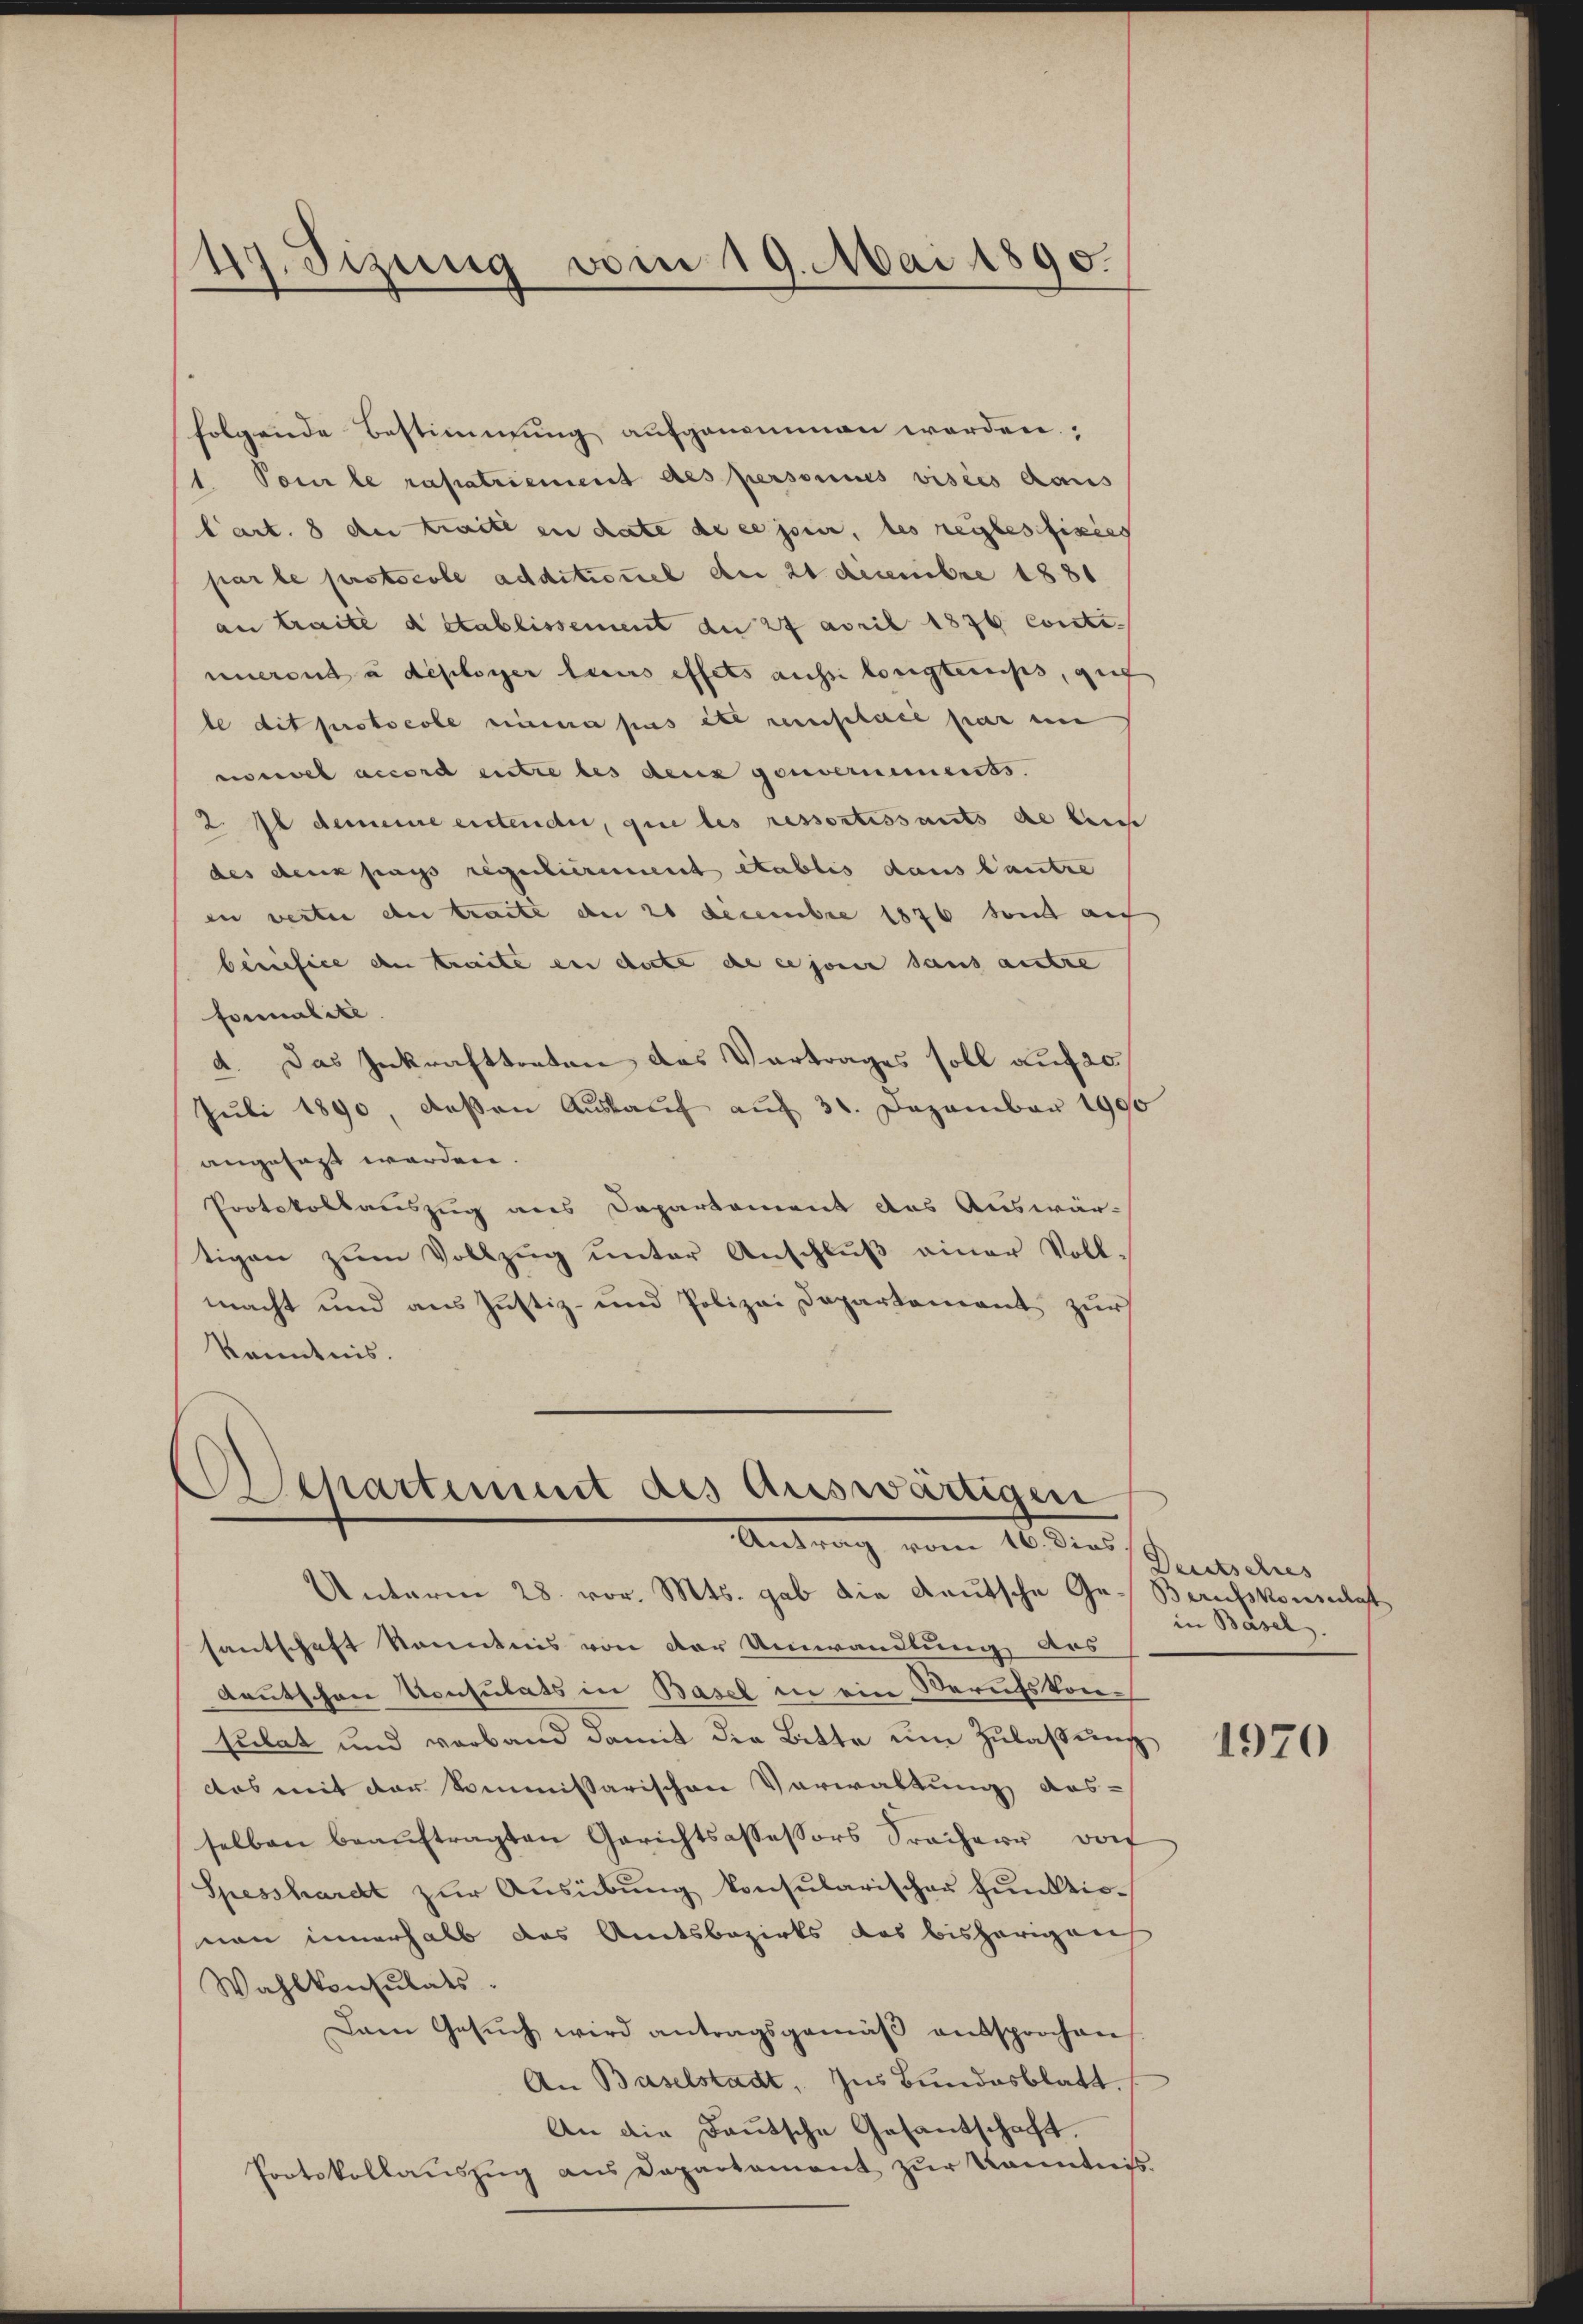
417. Sizung vom 19. Mai 1890.

folgende Bestimmung aufgenommen werden,
1. Pour le rapatriement des personnes visées daus
l’art. 8 der traite en date de cessin, des regles fixier
par le protocole additionel der 24 Decembre 1881
an traité détablissement du 27 April 1876 contiuneront u deployer leurs effets aussi longtenuss, gut
le dit protocole rimina pas etc remplace par un
revel accord entre les deux gouvernements.
2. Il demeine entender, que les ressortissants de leic
des deux pass regulierement etablis dans lautre
in verten aber traite der 20 decembre 1876 sind auf
benefice der traite en dorte de ce jouir sans autre
formalité.
d. Das Gekrafttreten das Vertrages soll auf 20
Juli 1890, deßen Auskauf auf 31. Dezember 1900
angefaßt worden.
Protokollauszug aus Departement das Auswärtigen zŭm Vollzŭg ŭnter Anschlŭβ einer Voll-
macht und aus Justiz- und Polizei Departement zur
Kenntnis.

Departement des Auswärtigen
Antrag vom 16. Dies

Unterm 28. vor. Mts. gab die Deutsche Ge- Berufskonsulat
santschaft kenntnis von der Umwandlung des
deutschen Konsulats in Basel in ein Berufskonkulat und verband damit die Bitte ŭm Zŭlaβŭng
das mit der kommissarischen Verwaltung aus-
selben beaŭftragten Gerichtsassessors Freiherr vo
Spesshardt zur Ausübung konsularischen Funktionen innerhalb das Amtsbezirks das bisherigen
Wahlkonsulats.
Dann Gesŭch wird antragsgemäβ aŭssprochen
An Baselstadt, Ins Bundesblatt.
An die Deutsche Gesantschaft.
Protokollaŭszŭg ans Departament zŭr Kenntnis.

Deutsches
in Basel.

1970